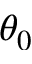
\theta _ { 0 }